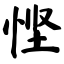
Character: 悭